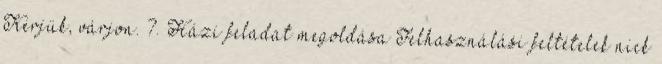
Kérjük, várjon. 7. Házi feladat megoldása Felhasználási feltételek nick